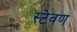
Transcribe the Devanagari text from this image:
स्टेवण